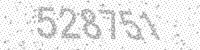
Solution: 528751